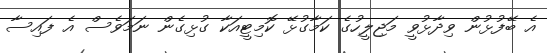
އެ ބޭފުޅުން ވިދާޅުވީ މަޖިލީހުގެ ކަމާގުޅޭ ކޮމިޓީއަކާ ގުޅިގެން ނަމަވެސް އެ ފައިސާ